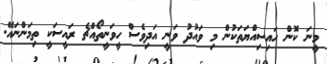
މީނަ ކޮން ހައިސިއްޔަތަކުން މި ވައުދު ވަނީ އަދިވެސް ހީވަނީތޯއްޗެ ރައީސަކީ ތިމަންނައޭ.